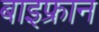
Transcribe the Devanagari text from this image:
बाइफ्रान